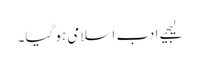
لیجیے ادب اسلامی ہو گیا۔